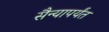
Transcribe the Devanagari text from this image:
सैन्यापर्यंत